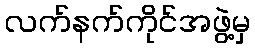
လက်နက်ကိုင်အဖွဲ့မှ